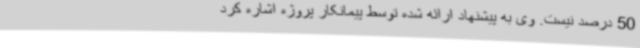
50 درصد نیست. وی به پیشنهاد ارائه شده توسط پیمانکار پروژه اشاره کرد